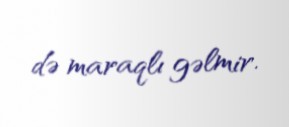
də maraqlı gəlmir.